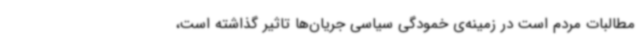
مطالبات مردم است در زمینه‌ی خمودگی سیاسی جریان‌ها تاثیر گذاشته است،